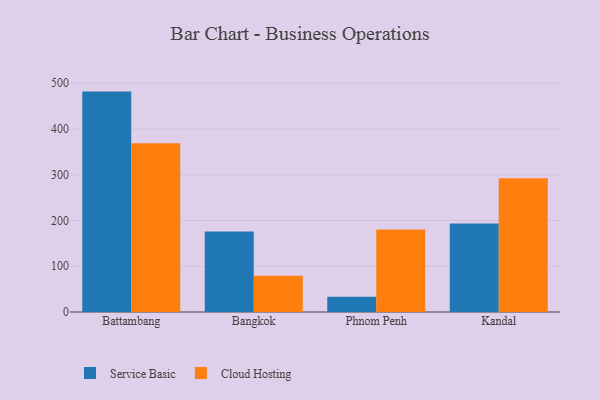
{"axis": {"x": "City", "y": "Humidity (%)"}, "legend": ["Cloud Hosting", "Service Basic"], "data": [{"x": "Battambang", "y": 481.8, "type": "Service Basic"}, {"x": "Battambang", "y": 368.7, "type": "Cloud Hosting"}, {"x": "Bangkok", "y": 175.8, "type": "Service Basic"}, {"x": "Bangkok", "y": 79.4, "type": "Cloud Hosting"}, {"x": "Phnom Penh", "y": 33.1, "type": "Service Basic"}, {"x": "Phnom Penh", "y": 180.5, "type": "Cloud Hosting"}, {"x": "Kandal", "y": 193.7, "type": "Service Basic"}, {"x": "Kandal", "y": 292.4, "type": "Cloud Hosting"}]}